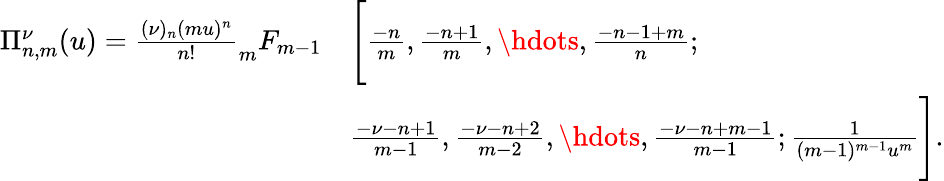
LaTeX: \begin{array}{rl}{\Pi_{n,m}^{\nu}(u)=\frac{(\nu)_{n}(mu)^{n}}{n!}_{m}F_{m-1}}&{\Bigg[\frac{-n}{m},\frac{-n+1}{m},\hdots,\frac{-n-1+m}{n};}\\ &{\frac{-\nu-n+1}{m-1},\frac{-\nu-n+2}{m-2},\hdots,\frac{-\nu-n+m-1}{m-1};\frac{1}{(m-1)^{m-1}u^{m}}\Bigg].}\end{array}